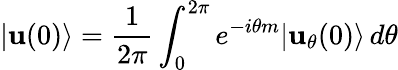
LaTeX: |\textbf{u}(0)\rangle=\frac{1}{2\pi}\int_{0}^{2\pi}e^{-i\theta m}|\textbf{u}_{\theta}(0)\rangle\, d\theta